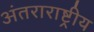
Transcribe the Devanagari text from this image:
अंतराराष्ट्रीय